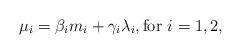
LaTeX: \begin{align*}\mu_i = \beta_i m_i + \gamma_i \lambda_i, \textrm{for $i = 1,2$},\end{align*}